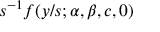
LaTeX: s ^ { - 1 } f ( y / s ; \alpha , \beta , c , 0 )